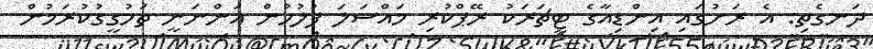
ދަނގެތި: އެ ރަށުގައި އިންޑިއާގެ ޓީޗަރަކު ރޭޕްކުރި މައްސަލަ ފުލުހުން އަންނަނީ ތަހުގީގުކުރަމުން